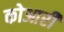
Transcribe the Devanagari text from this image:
कोआरी